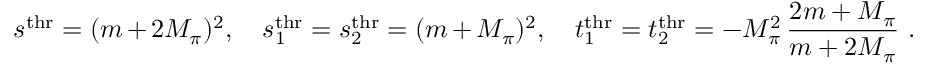
s ^ { \mathrm { t h r } } = ( m + 2 M _ { \pi } ) ^ { 2 } , \quad s _ { 1 } ^ { \mathrm { t h r } } = s _ { 2 } ^ { \mathrm { t h r } } = ( m + M _ { \pi } ) ^ { 2 } , \quad t _ { 1 } ^ { \mathrm { t h r } } = t _ { 2 } ^ { \mathrm { t h r } } = - M _ { \pi } ^ { 2 } \, { \frac { 2 m + M _ { \pi } } { m + 2 M _ { \pi } } } \, \, .